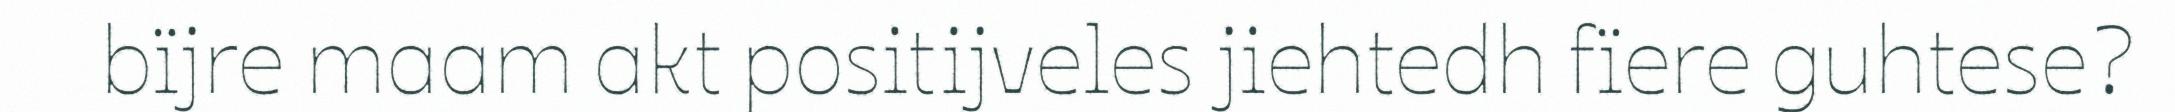
bïjre maam akt positijveles jiehtedh fïere guhtese?